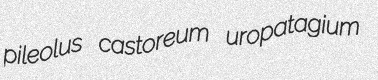
pileolus castoreum uropatagium